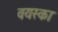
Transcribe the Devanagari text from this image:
वयस्का